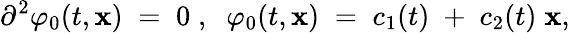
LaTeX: {\partial}^{2}{\varphi}_{0}(t,\mathbf{x})\; =\; 0\; ,\; \; \varphi_{0}(t,\mathbf{x})\; =\; c_{1}(t)\; +\; c_{2}(t)\; \mathbf{x},